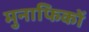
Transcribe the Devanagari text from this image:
मुनाफिकों